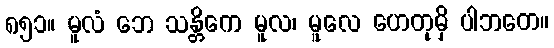
၈၅၁။ မူလံ ဘေ သန္တိကေ မူလ၊ မူလေ ဟေတုမှိ ပါဘတေ။